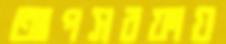
আপসরফায়